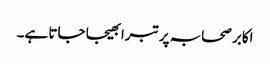
اکابر صحابہ پر تبرا بھیجا جاتا ہے۔